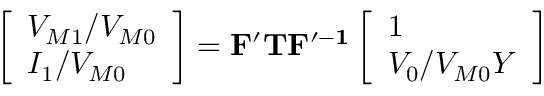
\left[ \begin{array} { l } { V _ { M 1 } / V _ { M 0 } } \\ { I _ { 1 } / V _ { M 0 } } \end{array} \right] = \mathbf { F ^ { \prime } } \mathbf { T } \mathbf { F ^ { \prime - 1 } } \left[ \begin{array} { l } { 1 } \\ { V _ { 0 } / V _ { M 0 } Y } \end{array} \right]